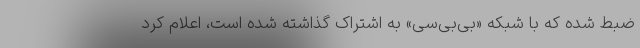
ضبط شده که با شبکه «بی‌بی‌سی» به اشتراک گذاشته شده است، اعلام کرد